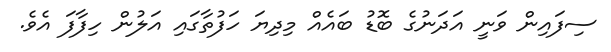
ސިފައިން ވަނީ އަދަނުގެ ބޮޑު ބައެއް މިދިޔަ ހަފުތާގައި އަލުން ހިފާފަ އެވެ.